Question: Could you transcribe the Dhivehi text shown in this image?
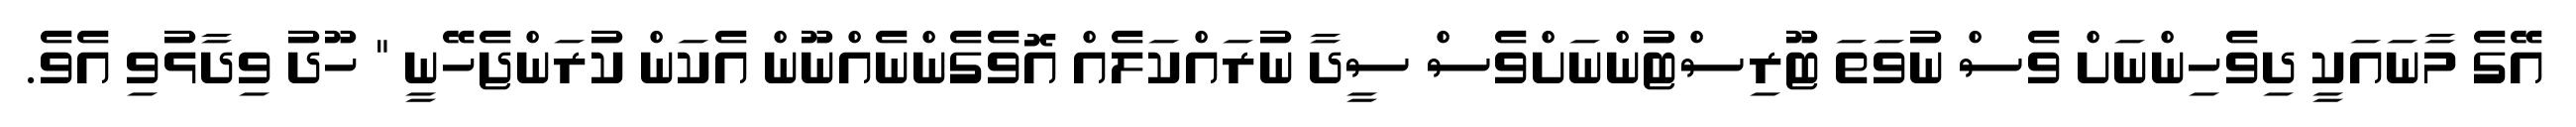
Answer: އޭގެ މާނައަކީ ދިވެހިންނަށް ވެސް ނުވަތަ ޓޫރިސްޓުންނަށްވެސް ސީދާ ނުރައްކަލެއް އޮވެގެންނެއްނޫން އެކަން ކުރަންޖެހޭނީ " ހޫދު ވިދާޅުވި އެވެ.